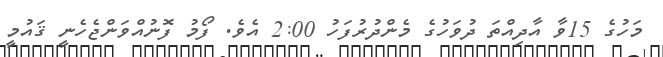
މަހުގެ 15ވާ އާދިއްތަ ދުވަހުގެ މެންދުރުފަހު 2:00 އެވެ. ފޯމު ފޮނުއްވަންޖެހެނީ ޤައުމީ